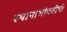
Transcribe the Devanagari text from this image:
स्थानाभोवतीची